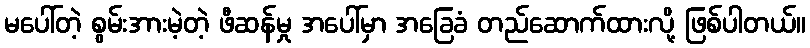
မပေါ်တဲ့ စွမ်းအားမဲ့တဲ့ ဖီဆန်မှု အပေါ်မှာ အခြေခံ တည်ဆောက်ထားလို့ ဖြစ်ပါတယ်။